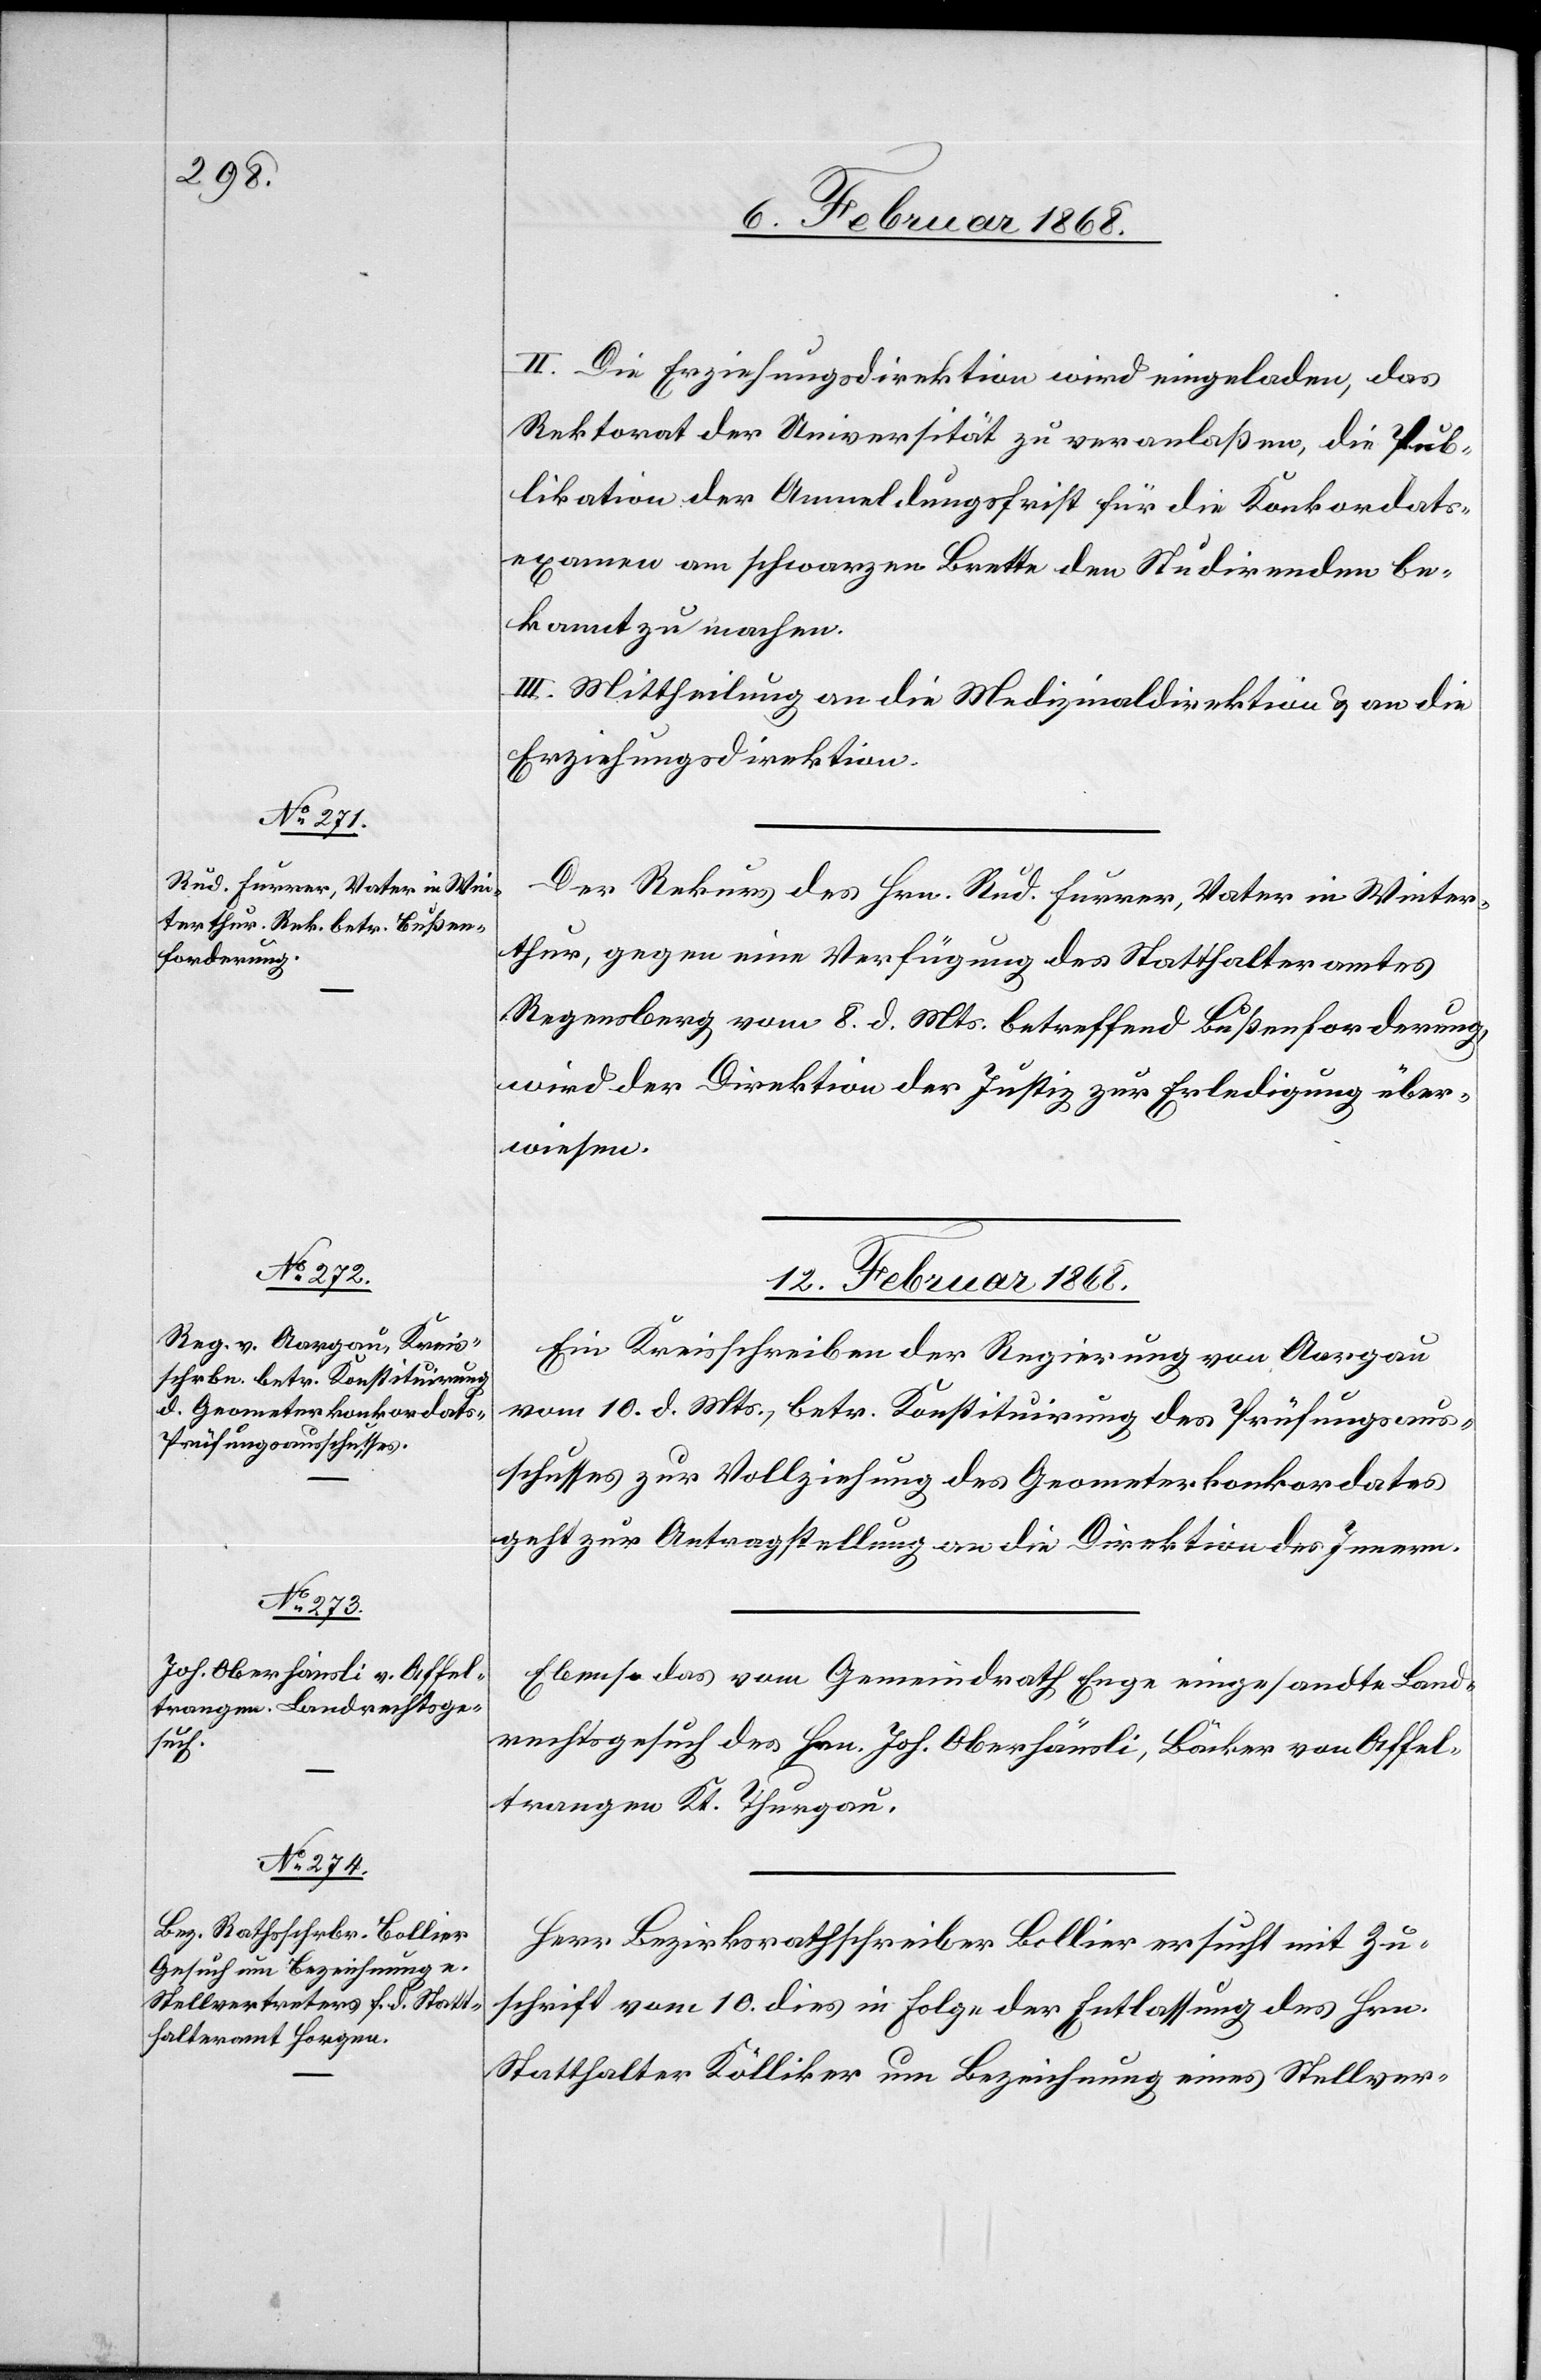
II. Die Erziehungsdirektion wird eingeladen, das
Rektorat der Universität zu veranlaßen, die Pub¬
likation der Anmeldungsfrist für die Konkordats¬
examen am schwarzen Brette den Studirenden be¬
kannt zu machen.
III. Mittheilung an die Medizinaldirektion & an die
Erziehungsdirektion.
Der Rekurs des Hrn. Rud. Furrer, Vater in Winter¬
thur, gegen eine Verfügung des Statthalteramtes
Regensberg vom 8. d. Mts. betreffend Bußenforderung,
wird der Direktion der Justiz zur Erledigung über¬
wiesen.
12. Februar 1868.]
Ein Kreisschreiben der Regierung von Aargau
vom 10. d. Mts., betr. Konstituirung des Prüfungsaus¬
schusses zur Vollziehung des Geometerkonkordates
geht zur Antragstellung an die Direktion des Innern.
Ebenso das vom Gemeindrath Enge eingesandte Land¬
rechtsgesuch des Hrn. Joh. Oberhäusli, Bäcker von Affel¬
trangen Kt. Thurgau.
Herr Bezirksrathschreiber Bollier ersucht mit Zu¬
schrift vom 10. dies in Folge der Entlassung des Hrn.
Statthalter Kölliker um Bezeichnung eines Stellver-